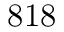
8 1 8